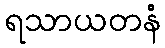
ရသာယတနံ